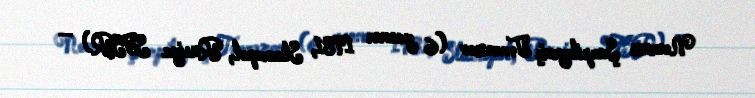
Novruz Şarpileyeviç Təmrəzov (6 yanvar 1981, Stavropol, Rusiya SFSR) —